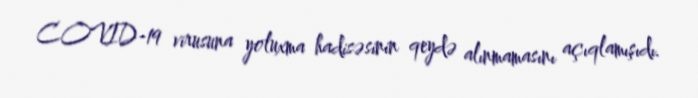
COVID-19 virusuna yoluxma hadisəsinin qeydə alınmamasını açıqlamışıdı.